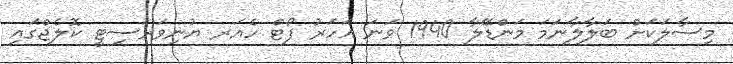
މިސާލަކަށް ބަލާލާނަމަ މަންޑޭލާ 1940 ވަނަ އަހަރު ފޯޓް ހެއަރ ޔުނިވަރސިޓީ ކޮލެޖްގައި